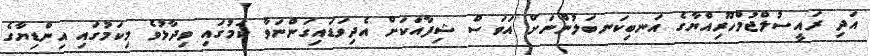
އަދި ރައީސުލްޖުމްހޫރިއްޔާގެ އަނބިކަނބަލުންނަށް އަވަސް ޝިފާއަކަށް އެދިވަޑައިގަންނަވާ ކަމުގައި ވިދާޅުވެ މިކަމުގައި އިންޑިޔާގެ